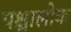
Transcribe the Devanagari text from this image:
पश्चालोक